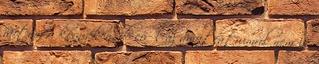
jártam a környéken, de erről az amfiteátrumról nem is